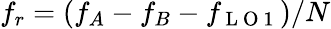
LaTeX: f_{r}=(f_{A}-f_{B}-f_{\mathrm{~L~O~1~}})/N